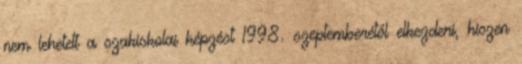
nem lehetett a szakiskolai képzést 1998. szeptemberétől elkezdeni, hiszen